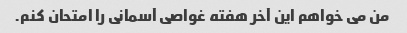
من می خواهم این آخر هفته غواصی آسمانی را امتحان کنم.